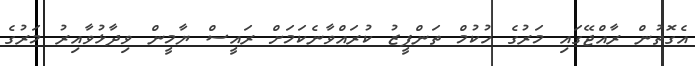
އެގޮތުން ރާއްޖޭގައި މަރުގެ ހުކުމް ތަންފީޒު ކުރައްވާނެކަމަށް ރައީސް ޔާމީން ވިދާޅުވާއިރު މަރުގެ